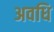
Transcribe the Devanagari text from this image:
अवधि